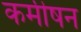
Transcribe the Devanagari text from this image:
कमीषन